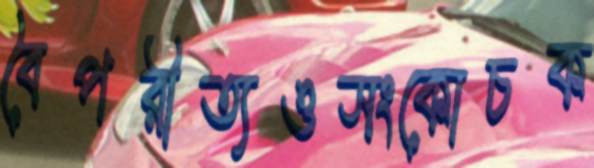
বৈপরীত্যওসংকোচক